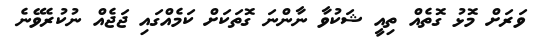
ވަރަށް މޮޅު ގޮތެއް ތިއީ ޝަކުވާ ނާންނަ ގޮތަކަށް ކަމެއްގައި ޖަޖެއް ނުކުރެވޭނެ